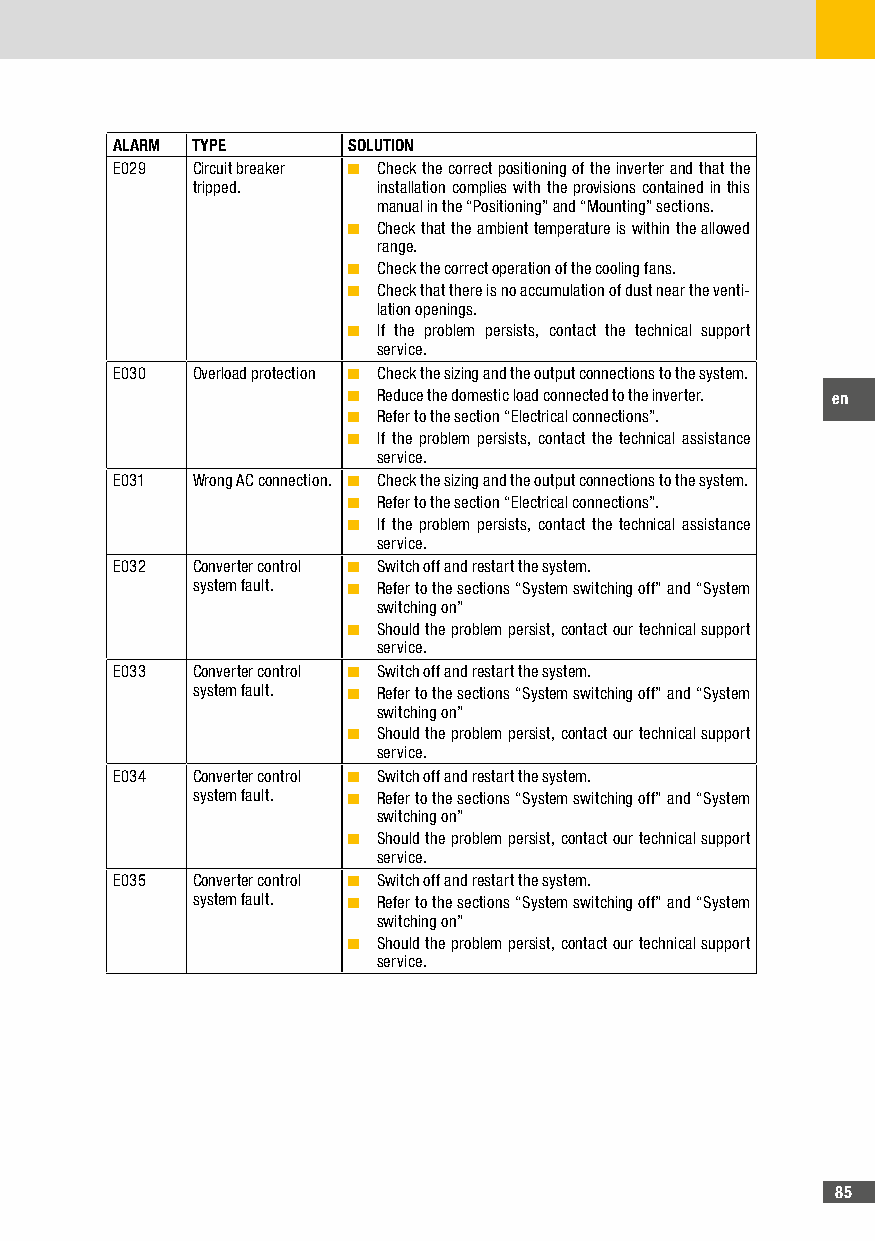
ALARM TYPE      SOLUTION
 E029  Circuit breaker ■ Check the correct positioning of the inverter and that the
 tripped.    installation complies with the provisions contained in this
 manual in the “Positioning” and “Mounting” sections.
 ■ Check that the ambient temperature is within the allowed
 range.
 ■ Check the correct operation of the cooling fans.
 ■ Check that there is no accumulation of dust near the venti-
 lation openings.
 ■ If the problem persists, contact the technical support
 service.
 E030  Overload protection ■ Check the sizing and the output connections to the system.
 ■ Reduce the domestic load connected to the inverter. en
 ■ Refer to the section “Electrical connections”.
 ■ If the problem persists, contact the technical assistance
 service.
 E031  Wrong AC connection. ■ Check the sizing and the output connections to the system.
 ■ Refer to the section “Electrical connections”.
 ■ If the problem persists, contact the technical assistance
 service.
 E032  Converter control ■ Switch off and restart the system.
 system fault. ■ Refer to the sections “System switching off” and “System
 switching on”
 ■ Should the problem persist, contact our technical support
 service.
 E033  Converter control ■ Switch off and restart the system.
 system fault. ■ Refer to the sections “System switching off” and “System
 switching on”
 ■ Should the problem persist, contact our technical support
 service.
 E034  Converter control ■ Switch off and restart the system.
 system fault. ■ Refer to the sections “System switching off” and “System
 switching on”
 ■ Should the problem persist, contact our technical support
 service.
 E035  Converter control ■ Switch off and restart the system.
 system fault. ■ Refer to the sections “System switching off” and “System
 switching on”
 ■ Should the problem persist, contact our technical support
 service.
 85